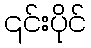
၎င်းပိုင်